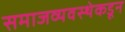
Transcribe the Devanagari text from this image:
समाजव्यवस्थेकडून